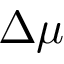
\Delta \mu